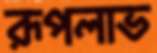
রূপলাভ